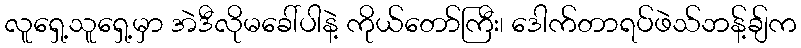
လူရှေ့သူရှေ့မှာ အဲဒီလိုမခေါ်ပါနဲ့ ကိုယ်တော်ကြီး၊ ဒေါက်တာရပ်ဖဲသ်ဘန့်ချ်က